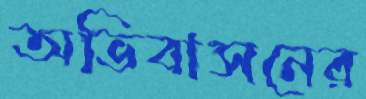
অভিবাসনের